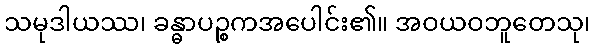
သမုဒါယဿ၊ ခန္ဓာပဉ္စကအပေါင်း၏။ အဝယဝဘူတေသု၊